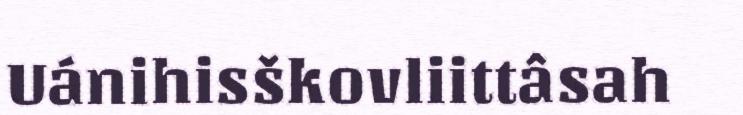
Uánihisškovliittâsah